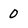
Character: 0